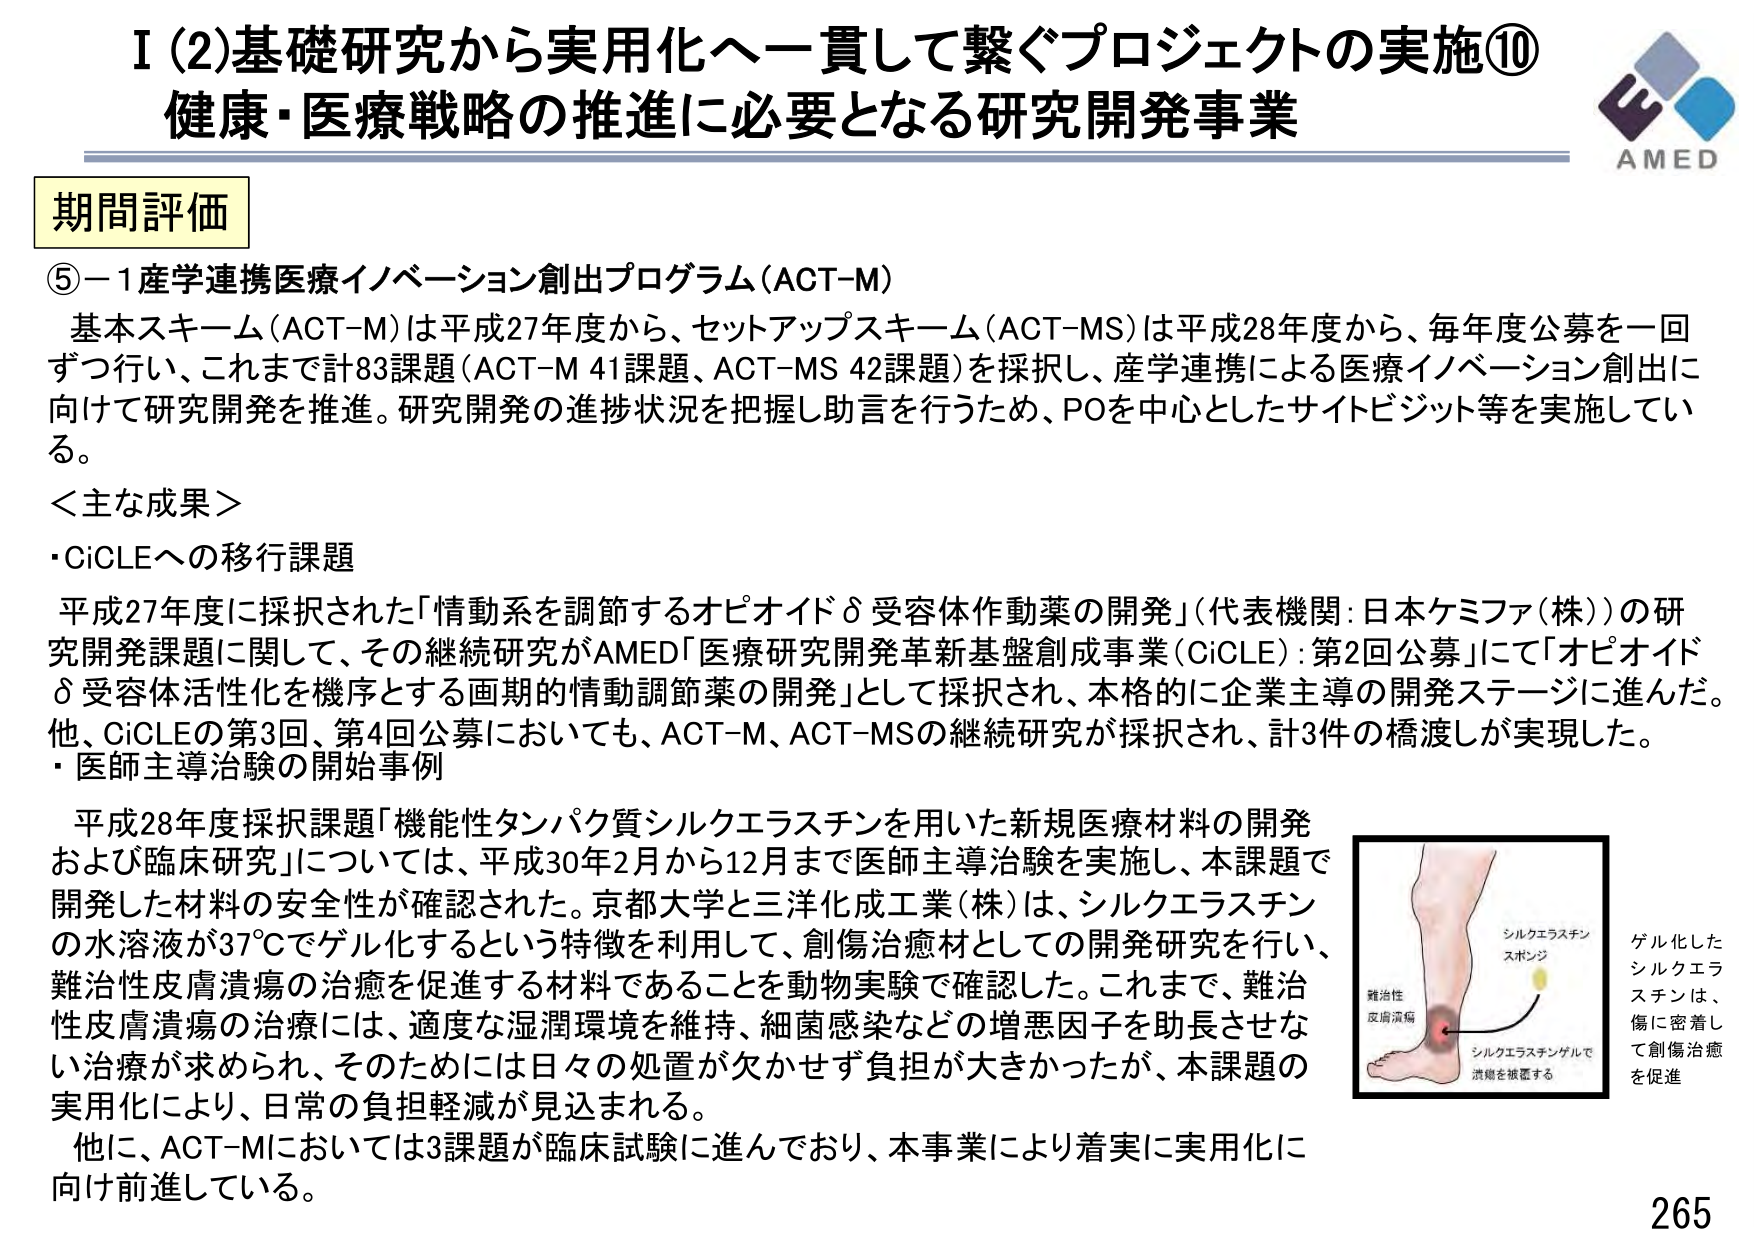
I (2) 基礎研究から実用化へ一貫して繋ぐプロジェクトの実施⑩
健康・医療戦略の推進に必要となる研究開発事業

期間評価

⑤－1 産学連携医療イノベーション創出プログラム（ACT-M）
基本スキーム（ACT-M）は平成27年度から、セットアップスキーム（ACT-MS）は平成28年度から、毎年度公募を一回ずつ行い、これまで計83課題（ACT-M 41課題、ACT-MS 42課題）を採択し、産学連携による医療イノベーション創出に向けて研究開発を推進。研究開発の進捗状況を把握し助言を行うため、POを中心としたサイトビジット等を実施している。

＜主な成果＞
・CiCLEへの移行課題
平成27年度に採択された「情動系を調節するオピオイドδ受容体作動薬の開発」（代表機関：日本ケミファ（株））の研究開発課題に関して、その継続研究がAMED「医療研究開発革新基盤創成事業（CiCLE）：第2回公募」にて「オピオイドδ受容体活性化を機序とする画期的情動調節薬の開発」として採択され、本格的に企業主導の開発ステージに進んだ。
他、CiCLEの第3回、第4回公募においても、ACT-M、ACT-MSの継続研究が採択され、計3件の橋渡しが実現した。

・医師主導治験の開始事例
平成28年度採択課題「機能性タンパク質シルクエラスチンを用いた新規医療材料の開発および臨床研究」については、平成30年2月から12月まで医師主導治験を実施し、本課題で開発した材料の安全性が確認された。京都大学と三洋化成工業（株）は、シルクエラスチンの水溶液が37℃でゲル化するという特徴を利用して、創傷治癒材としての開発研究を行い、難治性皮膚潰瘍の治癒を促進する材料であることを動物実験で確認した。これまで、難治性皮膚潰瘍の治療には、適度な湿潤環境を維持、細菌感染などの増悪因子を助長させない治療が求められ、そのためには日々の処置が欠かせず負担が大きかったが、本課題の実用化により、日常の負担軽減が見込まれる。
他に、ACT-Mにおいては3課題が臨床試験に進んでおり、本事業により着実に実用化に向け前進している。

シルクエラスチンスポンジ
シルクエラスチンゲルで潰瘍を被覆する
難治性皮膚潰瘍
ゲル化したシルクエラスチンは、傷に密着して創傷治癒を促進

AMED
265